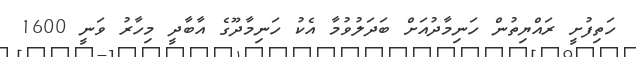
ހަތިފުށީ ރައްޔިތުން ހަނިމާދުއަށް ބަދަލުވުމާ އެކު ހަނިމާދޫގެ އާބާދީ މިހާރު ވަނީ 1600